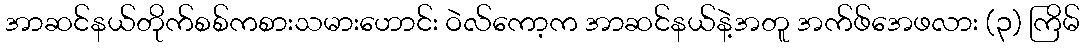
အာဆင်နယ်တိုက်စစ်ကစားသမားဟောင်း ဝဲလ်ကော့က အာဆင်နယ်နဲ့အတူ အက်ဖ်အေဖလား (၃) ကြိမ်